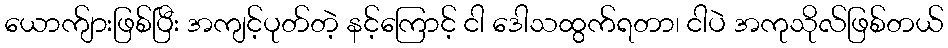
ယောက်ျားဖြစ်ပြီး အကျင့်ပုတ်တဲ့ နင့်ကြောင့် ငါ ဒေါသထွက်ရတာ၊ ငါပဲ အကုသိုလ်ဖြစ်တယ်